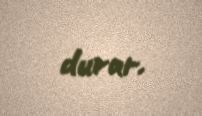
durur.